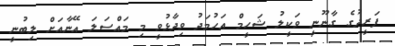
ފަރީދުގެ ގާނޫނީ ވަކީލު ޝަހީމް އަހުމަދު ވިދާޅުވީ މި މައްސަލަ އޭނާއަށް ލިބުނީ